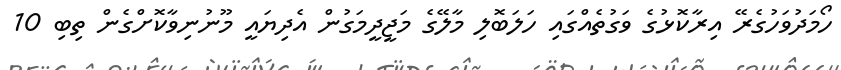
ހޯމަދުވަހުގެރޭ އިރާކޮޅުގެ ވަގުތެއްގައި ހަލަބޮލި މާލޭގެ މަޖީދީމަގުން އެދިޔައީ މޫނުނިވާކޮށްގެން ތިބި 10